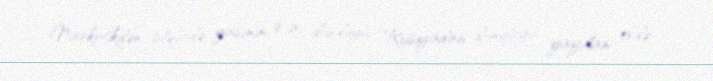
Narkotikdən istifadə yaşının 9-a düşdüyü Rusiyadan dünyaya yayılan evdə